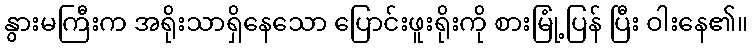
နွားမကြီးက အရိုးသာရှိနေသော ပြောင်းဖူးရိုးကို စားမြုံ့ပြန် ပြီး ဝါးနေ၏။